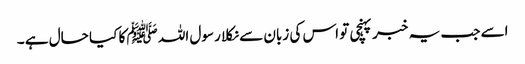
اسے جب یہ خبر پہنچی تو اس کی زبان سے نکلا رسول اللہ ﷺ کا کیا حال ہے ۔